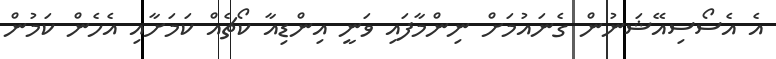
އެ އެސޯސިއޭޝަނުން ގެނައުމަށް ނިންމާފައި ވަނީ އިންޑިއާ ކޯޗެއް ކަމަށާއި އެހެން ކަމުން